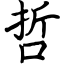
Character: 哲